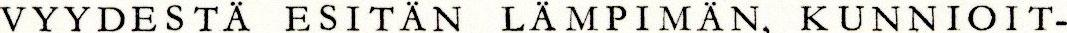
VYYDESTÄ ESITÄN LÄMPIMÄN, KUNNIOIT-